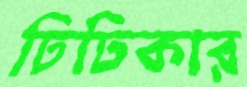
ঢিঢিকার